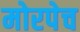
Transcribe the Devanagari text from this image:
मोरपेच